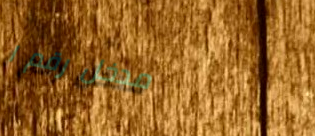
مدخل رقم ١